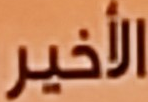
الـأخير